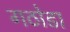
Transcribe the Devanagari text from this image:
गठोडा